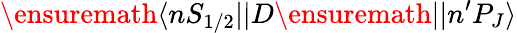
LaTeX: \ensuremath{\langle nS_{1/2}||}D\ensuremath{||n^{\prime}P_{J}\rangle}